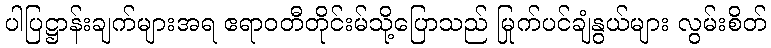
ပါပြဋ္ဌာန်းချက်များအရ ဧရာဝတီတိုင်းမ်သို့ပြောသည် မြက်ပင်ချုံနွယ်များ လွမ်းစိတ်